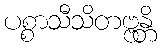
ပစ္စာသီသိတဗ္ဗန္တိ